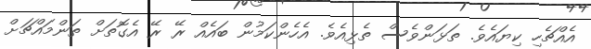
އެއްޗެހި ކިޔައެވެ. ތަޅަންވެސް ތެޅިއެވެ. އެހެންކަމުން ބައެއް ރޭ ރޭ އެގޮތަށް ތަންމައްޗަށް